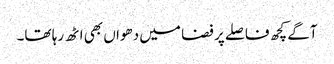
آگے کچھ فاصلے پر فضا میں دھواں بھی اٹھ رہا تھا۔